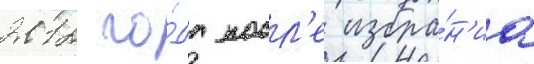
2012 го́да посл'е избра́н'иа